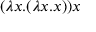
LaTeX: ( \lambda x . ( \lambda x . x ) ) x